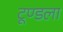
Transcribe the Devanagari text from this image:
टूण्‍डला